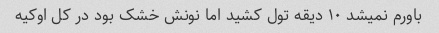
باورم نمیشد ۱۰ دیقه تول کشید اما نونش خشک بود در کل اوکیه